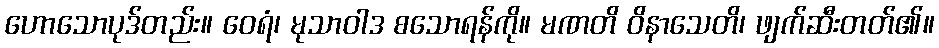
ဟောသောပုဒ်တည်း။ ဝေရံ၊ မုသာဝါဒ စသောရန်ကို။ မဏတိ ဝိနာသေတိ၊ ဖျက်ဆီးတတ်၏။